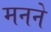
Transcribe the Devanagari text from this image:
मनने